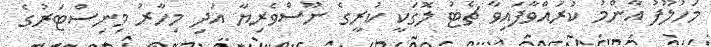
މަހުލޫފު އާންމު ކުރައްވާފައިވާ ޗެޓު ލޮގަކީ ކުރީގެ ނޫސްވެރިޔާ އަދި މިހާރު މިނިސްޓަރުގެ